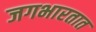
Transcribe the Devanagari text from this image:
जगभारतात